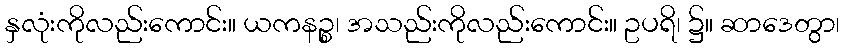
နှလုံးကိုလည်းကောင်း။ ယကနဉ္စ၊ အသည်းကိုလည်းကောင်း။ ဥပရိ၊ ၌။ ဆာဒေတွာ၊